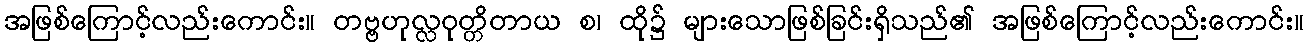
အဖြစ်ကြောင့်လည်းကောင်း။ တဗ္ဗဟုလ္လဝုတ္တိတာယ စ၊ ထို၌ များသောဖြစ်ခြင်းရှိသည်၏ အဖြစ်ကြောင့်လည်းကောင်း။